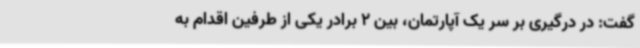
گفت: در درگیری بر سر یک آپارتمان، بین 2 برادر یکی از طرفین اقدام به